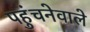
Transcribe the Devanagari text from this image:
पहुंचनेवाले